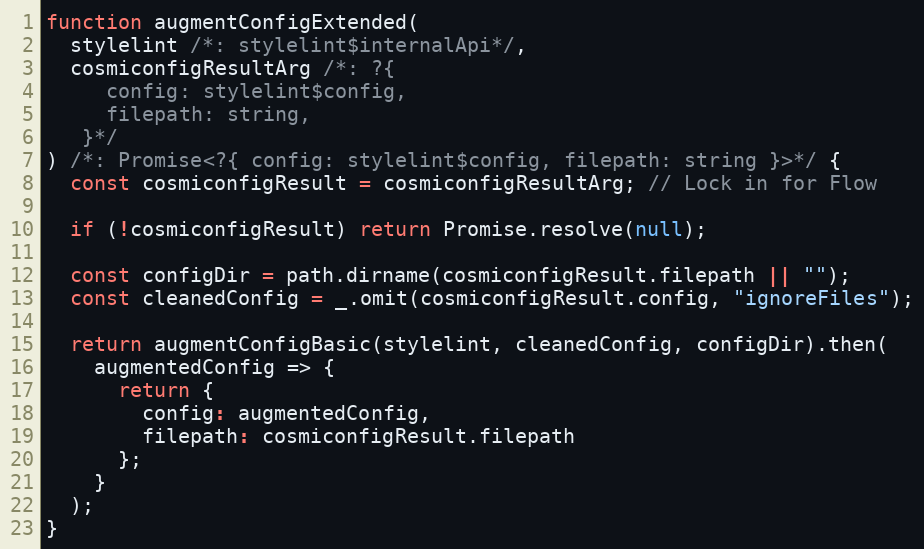
Language: JavaScript
function augmentConfigExtended(
  stylelint /*: stylelint$internalApi*/,
  cosmiconfigResultArg /*: ?{
     config: stylelint$config,
     filepath: string,
   }*/
) /*: Promise<?{ config: stylelint$config, filepath: string }>*/ {
  const cosmiconfigResult = cosmiconfigResultArg; // Lock in for Flow

  if (!cosmiconfigResult) return Promise.resolve(null);

  const configDir = path.dirname(cosmiconfigResult.filepath || "");
  const cleanedConfig = _.omit(cosmiconfigResult.config, "ignoreFiles");

  return augmentConfigBasic(stylelint, cleanedConfig, configDir).then(
    augmentedConfig => {
      return {
        config: augmentedConfig,
        filepath: cosmiconfigResult.filepath
      };
    }
  );
}